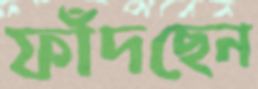
ফাঁদছেন